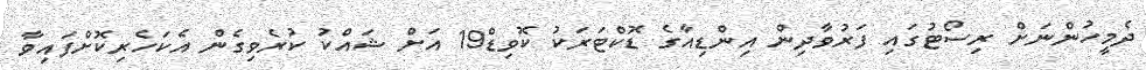
ދެމީހުންނަށް ރިސޯޓުގައި ފަރުވާދިން އިންޑިއާގެ ޑޮކްޓަރަކު ކޮވިޑް19 އަށް ޝައްކު ކުރެވިގެން އެކަހެރިކޮށްފައިވާ